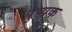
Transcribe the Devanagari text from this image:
पुष्‍पक